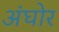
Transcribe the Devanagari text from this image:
अंघोर